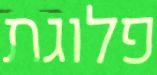
פלוגת